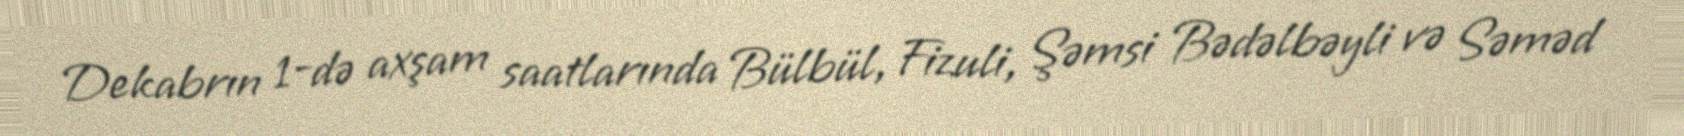
Dekabrın 1-də axşam saatlarında Bülbül, Fizuli, Şəmsi Bədəlbəyli və Səməd